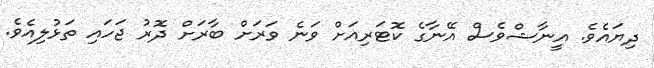
ދިޔައެވެ. އީނާޝްވެސް އޭނާގެ ކޮޓަރިއަށް ވަނެ ވަރަށް ބާރަށް ދޮރު ޖަހައި ތަޅުލިއެވެ.